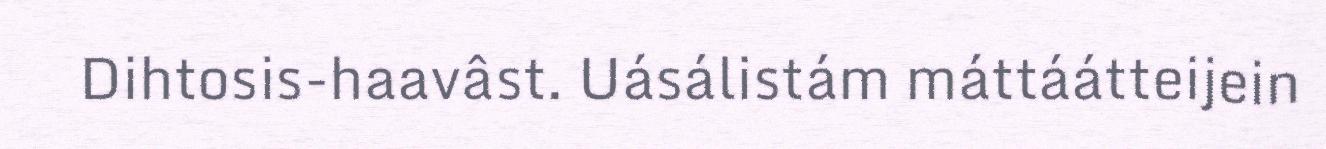
Dihtosis-haavâst. Uásálistám máttáátteijein